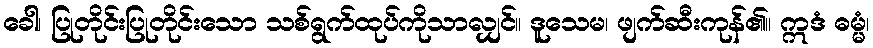
ခေါ၊ ပြုတိုင်းပြုတိုင်းသော သစ်ရွက်ထုပ်ကိုသာလျှင်။ ဒူသေမ၊ ဖျက်ဆီးကုန်၏။ ဣဒံ ဓမ္မံ၊